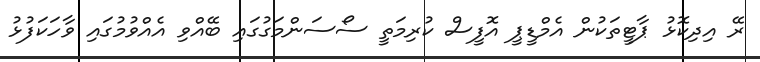
ރޭ އިދިކޮޅު ޕާޓީތަކުން އެމްޑީޕީ އޮފީސް ކުރިމަތީ ސޯސަންމަގުގައި ބޭއްވި އެއްވުމުގައި ވާހަކަފުޅު